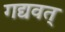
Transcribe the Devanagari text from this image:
गद्यवत्